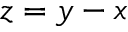
z = y - x